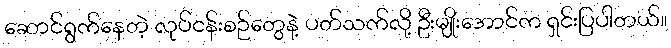
ဆောင်ရွက်နေတဲ့ လုပ်ငန်းစဉ်တွေနဲ့ ပတ်သက်လို့ ဦးမျိုးအောင်က ရှင်းပြပါတယ်။